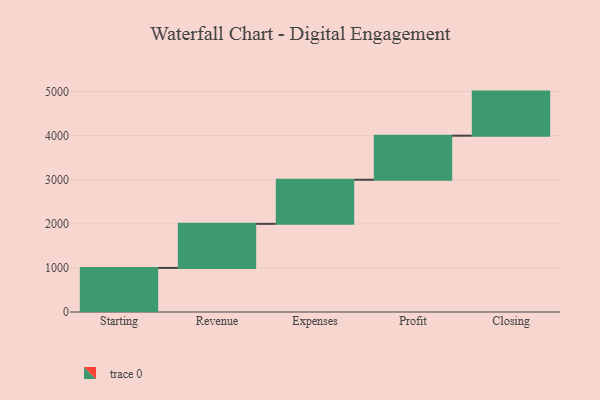
{"axis": {"x": "Step", "y": "Value"}, "legend": [""], "data": [{"x": "Starting", "y": 1000, "type": ""}, {"x": "Revenue", "y": 1000, "type": ""}, {"x": "Expenses", "y": 1000, "type": ""}, {"x": "Profit", "y": 1000, "type": ""}, {"x": "Closing", "y": 1000, "type": ""}]}